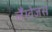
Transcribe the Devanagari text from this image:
लैंग्वेजस